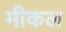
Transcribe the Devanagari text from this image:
मीकल